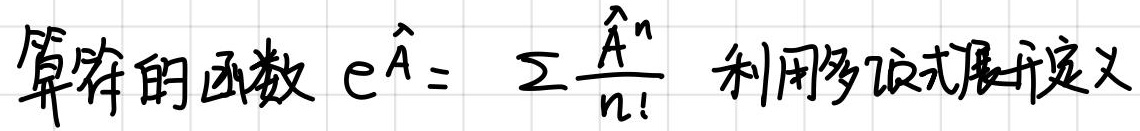
算符的函数 $\mathrm{e}^{\hat{A}} = \sum \frac{\hat{A}^n}{n!}$ 利用多项式展开定义